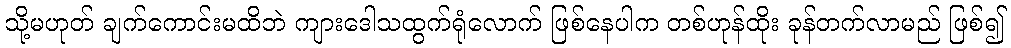
သို့မဟုတ် ချက်ကောင်းမထိဘဲ ကျားဒေါသထွက်ရုံလောက် ဖြစ်နေပါက တစ်ဟုန်ထိုး ခုန်တက်လာမည် ဖြစ်၍